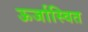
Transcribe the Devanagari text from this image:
ऊर्जास्वित